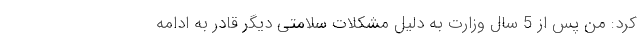
کرد: من پس از 5 سال وزارت به دلیل مشکلات سلامتی دیگر قادر به ادامه